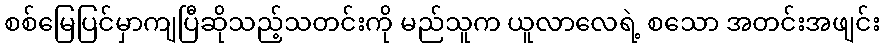
စစ်မြေပြင်မှာကျပြီဆိုသည့်သတင်းကို မည်သူက ယူလာလေရဲ့ စသော အတင်းအဖျင်း